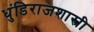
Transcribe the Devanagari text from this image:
धुंडिराजशास्त्री